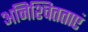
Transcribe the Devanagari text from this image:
अनिश्चितताएं